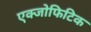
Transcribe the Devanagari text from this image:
एक्जोफिटिक